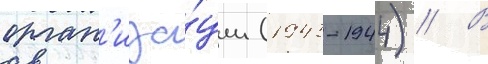
орган'иза́ции (1943-1944) // В